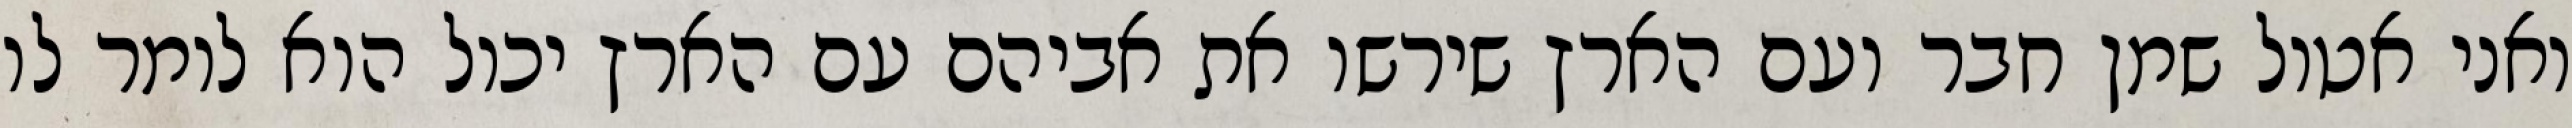
ואני אטול שמן חבר ועם הארץ שירשו את אביהם עם הארץ יכול הוא לומר לו